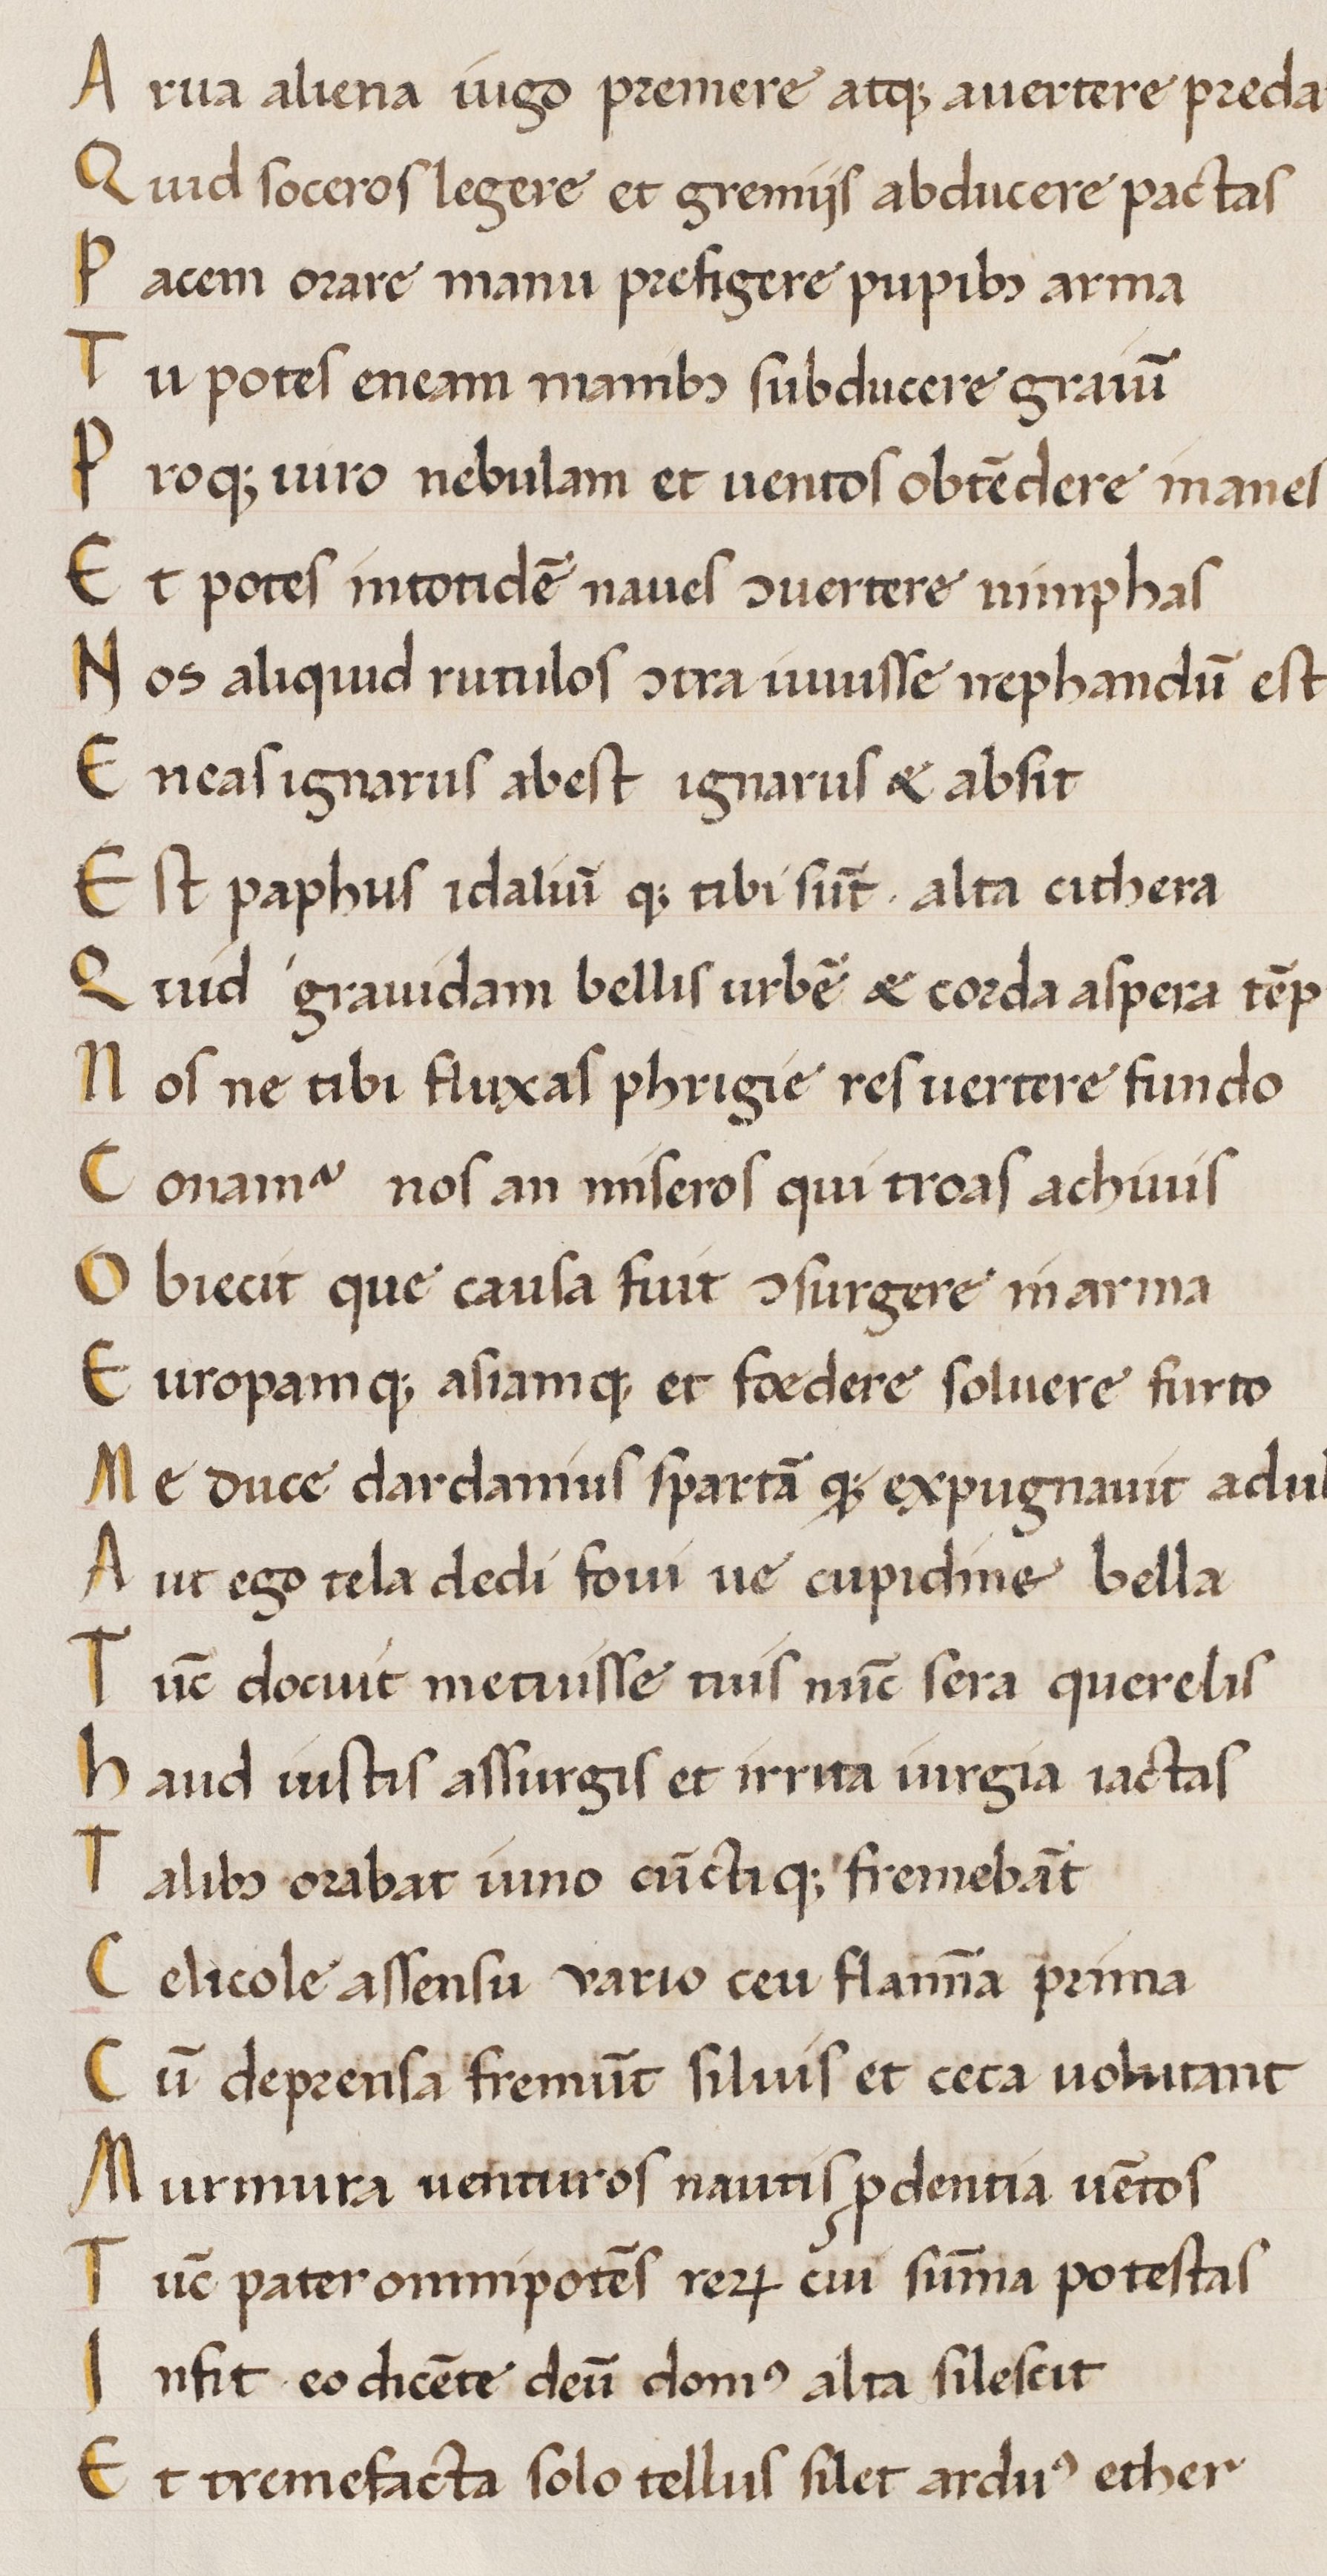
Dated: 1450–1474